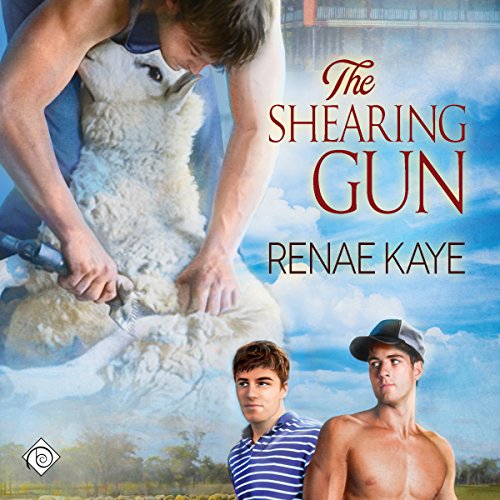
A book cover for The Shearing Gun; Renae Kaye; Romance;